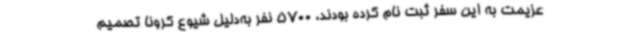
عزیمت به این سفر ثبت نام کرده بودند، 5700 نفر به‌دلیل شیوع کرونا تصمیم